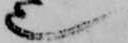
也